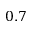
0 . 7